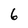
Character: 6